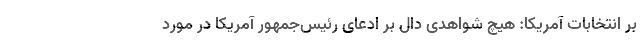
بر انتخابات آمریکا: هیچ شواهدی دال بر ادعای رئیس‌جمهور آمریکا در مورد